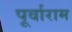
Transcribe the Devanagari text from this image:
पूर्वाराम